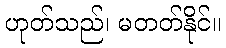
ဟုတ်သည်၊ မတတ်နိုင်။